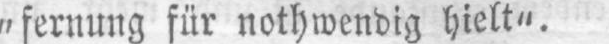
„fernung für nothwendig hielt”.